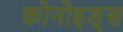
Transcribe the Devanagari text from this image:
कोनोइड्स